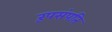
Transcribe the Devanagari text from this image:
रूपसंपति